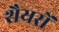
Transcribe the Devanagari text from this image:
शैयरों